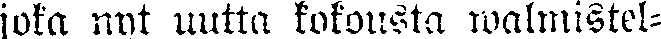
joka nyt uutta kokousta walmistel-